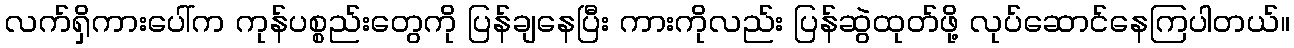
လက်ရှိကားပေါ်က ကုန်ပစ္စည်းတွေကို ပြန်ချနေပြီး ကားကိုလည်း ပြန်ဆွဲထုတ်ဖို့ လုပ်ဆောင်နေကြပါတယ်။